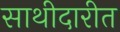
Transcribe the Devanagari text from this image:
साथीदारीत